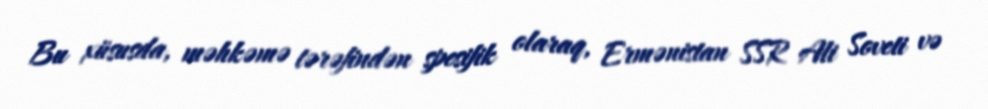
Bu xüsusda, məhkəmə tərəfindən spesifik olaraq, Ermənistan SSR Ali Soveti və